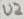
Text: U2